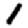
Digit: 1